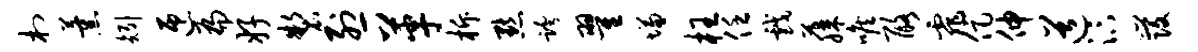
村薰矧匝扁好制烈革柝默跨翟慊枉任戏藤喉酪霏促伸道汴发